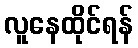
လူနေထိုင်ရန်